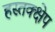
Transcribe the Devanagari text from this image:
हस्तक्क्षेप